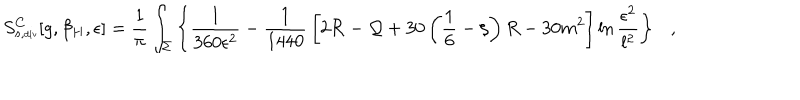
LaTeX: S _ { s , \tiny \mathrm { d i v } } ^ { C } [ g , \beta _ { H } , \epsilon ] = { \frac { 1 } { \pi } } \int _ { \Sigma } \left\{ { \frac { 1 } { 3 6 0 \epsilon ^ { 2 } } } - { \frac { 1 } { 1 4 4 0 } } \left[ 2 { \cal R } - { \cal Q } + 3 0 \left( \frac 1 6 - \xi \right) R - 3 0 m ^ { 2 } \right] \ln { \frac { \epsilon ^ { 2 } } { l ^ { 2 } } } \right\} ,